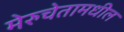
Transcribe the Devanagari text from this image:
मेरुचेतामधील